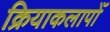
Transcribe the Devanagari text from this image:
क्रियाकलापोँ